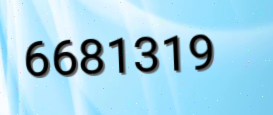
6681319